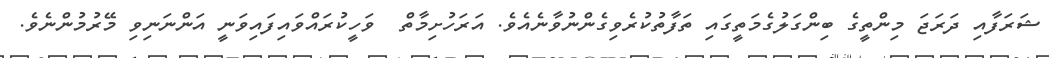
ޝަރަފާއި ދަރަޖަ މިންތީގެ ބިންގަލުގެމަތީގައި ތަފާތުކުރެވިގެންނުވާނެއެވެ. އަރަހުށިމާތް  ވަހީކުރައްވައިފައިވަނީ އަންނަނިވި މޭރުމުންނެވެ.